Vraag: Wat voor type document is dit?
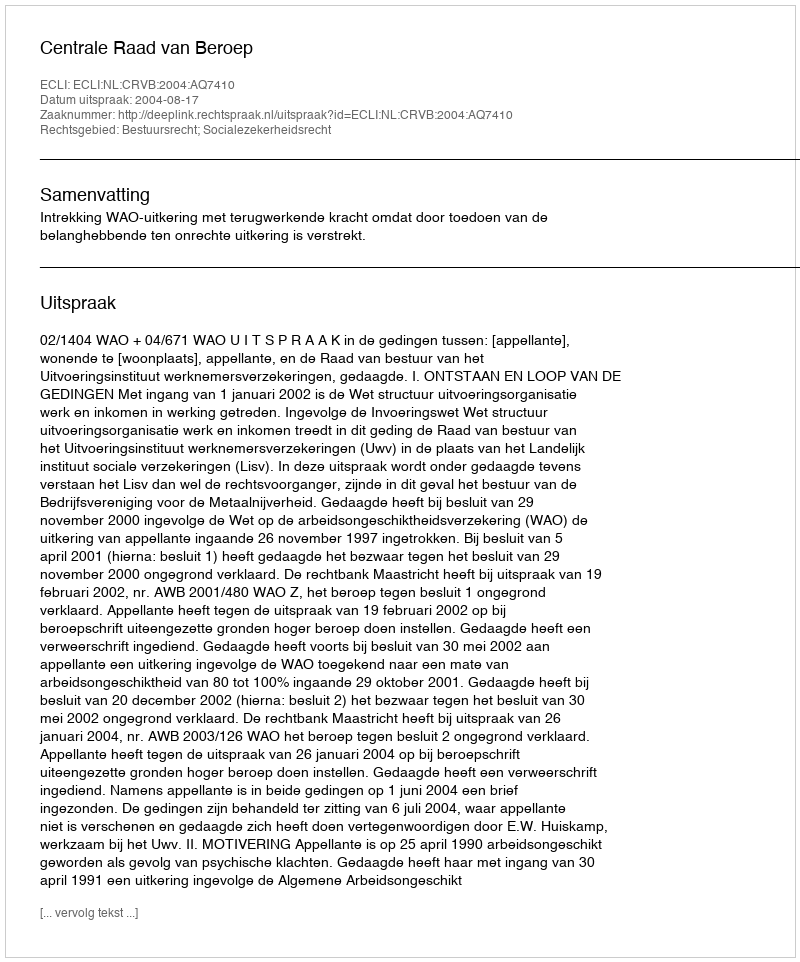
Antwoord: Uitspraak